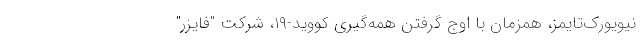
نیویورک‌تایمز، همزمان با اوج گرفتن همه‌گیری کووید-۱۹، شرکت "فایزر"